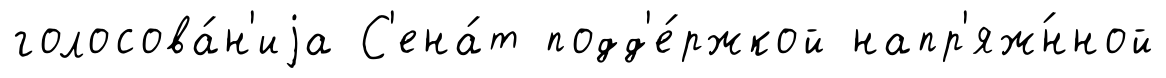
голосова́н'иjа С'ена́т подд'е́ржкой напр'яж́нной